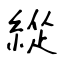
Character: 緃